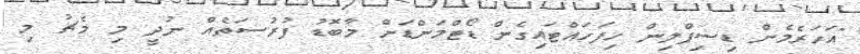
"އަހަރެމެން ޑިސިޕްލިން ހިފަހައްޓައިގެން ޑޯޓްމަންޑަށް މާބޮޑު ފުރުސަތެއް ނުދީ މި މެޗު މި